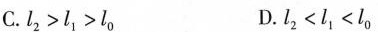
C. l_{2} > l_{1} > l_{0} D. l_{2} < l_{1} < l_{0}